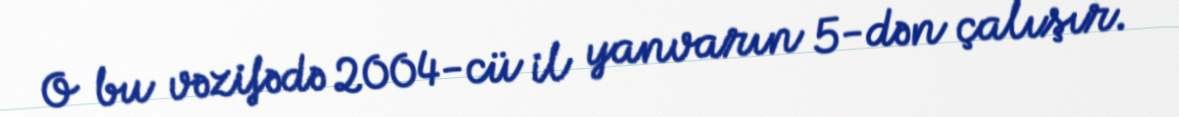
O bu vəzifədə 2004-cü il yanvarın 5-dən çalışır.